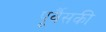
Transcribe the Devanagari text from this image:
पूर्वैसकी